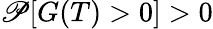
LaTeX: \mathscr{P}[G(T)>0]>0